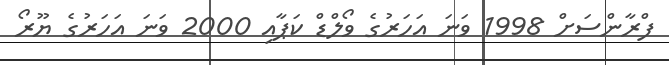
ފްރާންސަށް 1998 ވަނަ އަހަރުގެ ވޯލްޑް ކަޕާއި 2000 ވަނަ އަހަރުގެ ޔޫރޯ